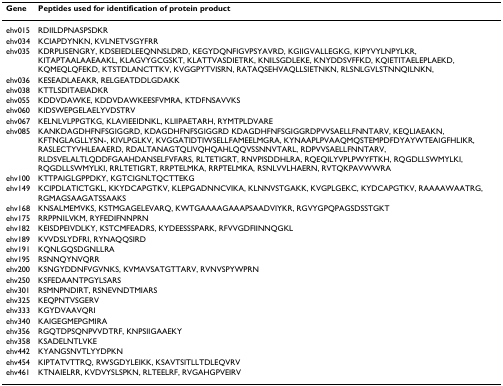
<table><thead><tr><td><b>Gene</b></td><td><b>Peptides used for identification of protein product</b></td></tr></thead><tbody><tr><td>ehv015</td><td>RDIILDPNASPSDKR</td></tr><tr><td>ehv034</td><td>KCIAPDYNKN, KVLNETVSGYFRR</td></tr><tr><td>ehv035</td><td>KDRPLISENGRY, KDSEIEDLEEQNNSLDRD, KEGYDQNFIGVPSYAVRD, KGIIGVALLEGKG, KIPYVYLNPYLKR, KITAPTAALAAEAAKL, KLAGVYGCGSKT, KLATTVASDIETRK, KNILSGDLEKE, KNYDDSVFFKD, KQIETITAELEPLAEKD, KQMEQLQFEKD, KTSTDLANCTTKV, KVGGPYTVISRN, RATAQSEHVAQLLSIETNKN, RLSNLGVLSTNNQILNKN,</td></tr><tr><td>ehv036</td><td>KESEADLAEAKR, RELGEATDDLGDAKK</td></tr><tr><td>ehv038</td><td>KTTLSDITAEIADKR</td></tr><tr><td>ehv055</td><td>KDDVDAWKE, KDDVDAWKEESFVMRA, KTDFNSAVVKS</td></tr><tr><td>ehv060</td><td>KIDSWEPGELAELYVDSTRV</td></tr><tr><td>ehv067</td><td>KELNLVLPPGTKG, KLAVIEEIDNKL, KLIIPAETARH, RYMTPLDVARE</td></tr><tr><td>ehv085</td><td>KANKDAGDHFNFSGIGGRD, KDAGDHFNFSGIGGRD KDAGDHFNFSGIGGRDPVVSAELLFNNTARV, KEQLIAEAKN, KFTNGLAGLLYSN-, KIVLPGLKV, KVGGATIDTIWSELLFAMEELMGRA, KYNAAPLPVAAQMQSTEMPDFDYAYWTEAIGFHLIKR, RASLECTYVHLEAAERD, RDALTANAGTQLIVQHQAHLQQVSSNNVTARL, RDPVVSAELLFNNTARV, RLDSVELALTLQDDFGAAHDANSELFVFARS, RLTETIGRT, RNVPISDDHLRA, RQEQILYVPLPWYFTKH, RQGDLLSWMYLKI, RQGDLLSWMYLKI, RRLTETIGRT, RRPTELMKA, RRPTELMKA, RSNLVVLHAERN, RVTQKPAVWWRA</td></tr><tr><td>ehv100</td><td>KTTPAIGLGPPDKY, KGTCIGNLTQCTTEKG</td></tr><tr><td>ehv149</td><td>KCIPDLATICTGKL, KKYDCAPGTKV, KLEPGADNNCVIKA, KLNNVSTGAKK, KVGPLGEKC, KYDCAPGTKV, RAAAAWAATRG, RGMAGSAAGATSSAAKS</td></tr><tr><td>ehv168</td><td>KNSALMEMVKS, KSTMGAGELEVARQ, KWTGAAAAGAAAPSAADVIYKR, RGVYGPQPAGSDSSTGKT</td></tr><tr><td>ehv175</td><td>RRPPNILVKM, RYFEDIFNNPRN</td></tr><tr><td>ehv182</td><td>KEISDPEIVDLKY, KSTCMFEADRS, KYDEESSSPARK, RFVVGDFIINNQGKL</td></tr><tr><td>ehv189</td><td>KVVDSLYDFRI, RYNAQQSIRD</td></tr><tr><td>ehv191</td><td>KQNLGQSDGNLLRA</td></tr><tr><td>ehv195</td><td>RSNNQYNVQRR</td></tr><tr><td>ehv200</td><td>KSNGYDDNFVGVNKS, KVMAVSATGTTARV, RVNVSPYWPRN</td></tr><tr><td>ehv250</td><td>KSFEDAANTPGYLSARS</td></tr><tr><td>ehv301</td><td>RSMNPNDIRT, RSNEVNDTMIARS</td></tr><tr><td>ehv325</td><td>KEQPNTVSGERV</td></tr><tr><td>ehv333</td><td>KGYDVAAVQRI</td></tr><tr><td>ehv340</td><td>KAIGEGMEPGMIRA</td></tr><tr><td>ehv356</td><td>RGQTDPSQNPVVDTRF, KNPSIIGAAEKY</td></tr><tr><td>ehv358</td><td>KSADELNTLVKE</td></tr><tr><td>ehv442</td><td>KYANGSNVTLYYDPKN</td></tr><tr><td>ehv454</td><td>KIPTATVTTRQ, RWSGDYLEIKK, KSAVTSITLLTDLEQVRV</td></tr><tr><td>ehv461</td><td>KTNAIELRR, KVDVYSLSPKN, RLTEELRF, RVGAHGPVEIRV</td></tr></tbody></table>